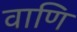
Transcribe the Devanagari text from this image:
वाणि